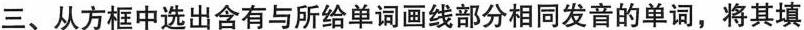
三、从方框中选出含有与所给单词画线部分相同发音的单词,将其填